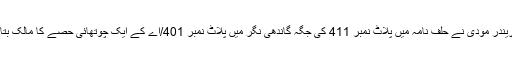
درخواست گزار کا الزام ہے کہ نریندر مودی نے حلف نامہ میں پلاٹ نمبر 411 کی جگہ گاندھی نگر میں پلاٹ نمبر 401/اے کے ایک چوتھائی حصے کا مالک بتایا ہے، جس کا وجود ہی نہیں ہے۔